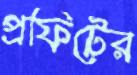
প্রফিটের